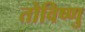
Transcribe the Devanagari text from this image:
तोविष्णु